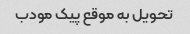
تحویل به موقع پیک مودب